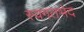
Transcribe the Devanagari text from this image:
स्वगतभेद